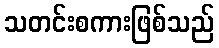
သတင်းစကားဖြစ်သည်